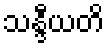
သန္ဒီယတိ